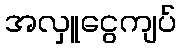
အလှူငွေကျပ်